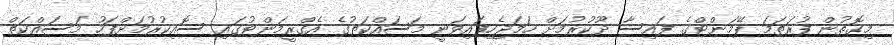
މިގޮތުން ފުރަތަމަ ޕޭމަންޓްގެ ފައިސާ ދޫކުރުމަށް ހަމަޖެހިފައިވަނީ މަސައްކަތުގެ އެގްރީމަންޓުގައި ސޮއިކުރުމަށްފަހު މަސައްކަތް